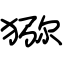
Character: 猕